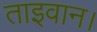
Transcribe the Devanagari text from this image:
ताइवान।